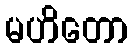
မဟိတော